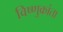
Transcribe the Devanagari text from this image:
विष्णुक्रांता